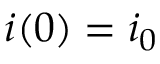
i ( 0 ) = i _ { 0 }